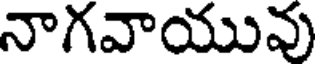
నాగవాయువు